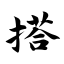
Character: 搭